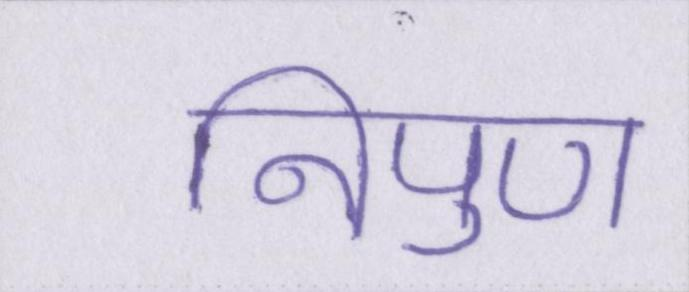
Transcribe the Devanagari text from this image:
निपुण